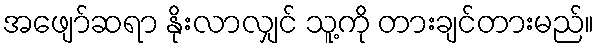
အဖျော်ဆရာ နိုးလာလျှင် သူ့ကို တားချင်တားမည်။